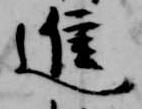
進